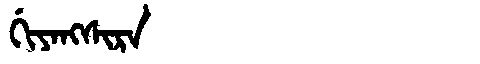
Manchu: ᡤᡳᠶᠠᠩᠰᡳᡵᠠ
Romanization: GIYANGSIRA